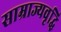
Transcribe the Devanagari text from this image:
साम्राज्यवृद्धि